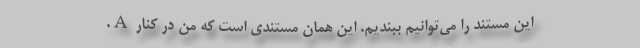
این مستند را می‌توانیم ببندیم. این همان مستندی است که من در کنار A.